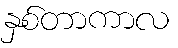
နှစ်တာကာလ